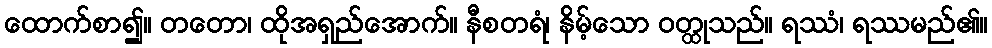
ထောက်စာ၍။ တတော၊ ထိုအရှည်အောက်။ နီစတရံ၊ နိမ့်သော ဝတ္ထုသည်။ ရဿံ၊ ရဿမည်၏။